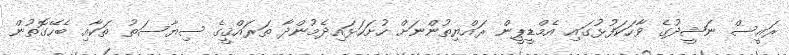
ރައީސް ނަޝީދުގެ ވާހަކަފުޅުގައި އެމްޑީޕީން ރައްޔިތުންނަށް ހުށަހަޅައިދެމުންދާ ތަރައްޤީގެ ސިޔާސަތު ތަކާއި ބެހޭގޮތުން